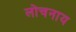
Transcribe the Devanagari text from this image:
लोचनाय